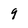
Character: 9